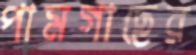
পামগাছের